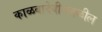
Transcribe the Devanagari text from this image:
काळबादेवीजवळील